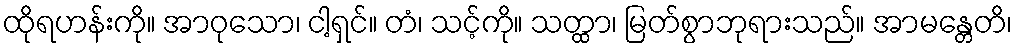
ထိုရဟန်းကို။ အာဝုသော၊ ငါ့ရှင်။ တံ၊ သင့်ကို။ သတ္ထာ၊ မြတ်စွာဘုရားသည်။ အာမန္တေတိ၊